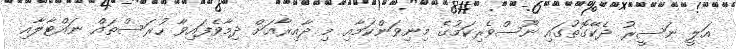
އަލީ ނަސީރު ދެކޭގޮތުގައި ނޫސްވެރިކަމުގެ މިނިވަންކަމާއި މި ދާއިރާއަށް ދިމާވެފައިވާ ހުރަސްތައް ނައްޓާލާއި